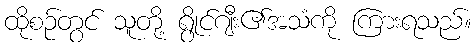
ထိုစဉ်တွင် သူတို့ ရွိုင်ဂျီး၏အသံကို ကြားရသည်။